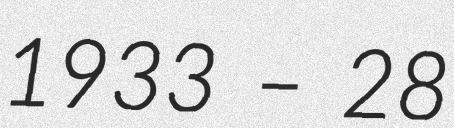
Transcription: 1933 – 28